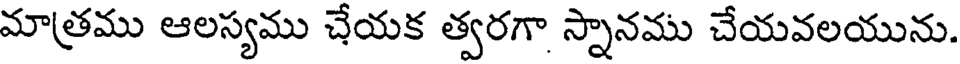
మాత్రము ఆలస్యము చేయక త్వరగా స్నానము చేయవలయును.